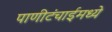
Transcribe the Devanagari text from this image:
पाणीटंचाईमध्ये